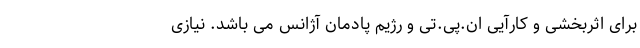
برای اثربخشی و کارآیی ان.پی.تی و رژیم پادمان آژانس می باشد. نیازی